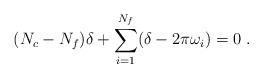
LaTeX: \begin{align*}(N_c-N_f) \delta + \sum_{i=1}^{N_f} (\delta - 2\pi \omega_i) = 0 \;.\end{align*}